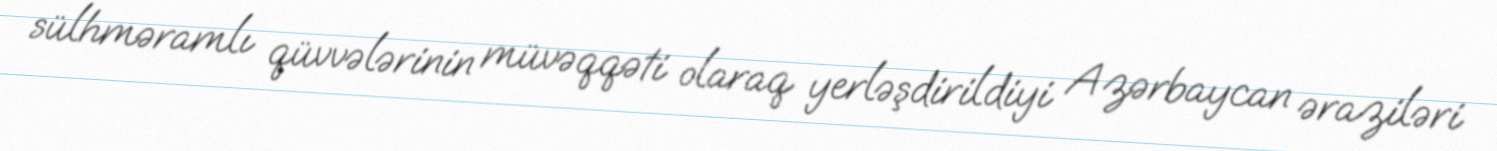
sülhməramlı qüvvələrinin müvəqqəti olaraq yerləşdirildiyi Azərbaycan əraziləri